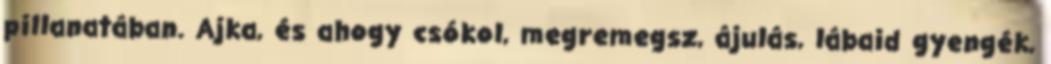
pillanatában. Ajka, és ahogy csókol, megremegsz, ájulás, lábaid gyengék,